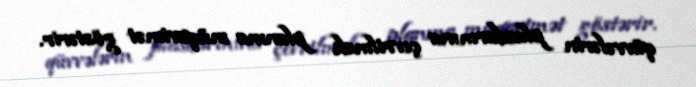
qüvvələrin plasdarmına çevrilmək planına müqavimət göstərir.